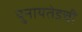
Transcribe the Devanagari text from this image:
युनायतेडची